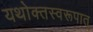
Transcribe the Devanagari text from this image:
यथोक्तस्वरूपात्‌